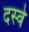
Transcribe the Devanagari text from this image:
दस्वे